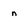
Character: n